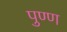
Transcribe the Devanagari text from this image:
पुण्ण